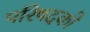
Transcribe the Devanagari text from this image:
परिषदको